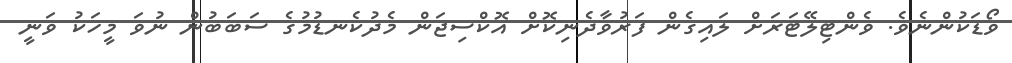
ވޯޑަކުންނެވެ. ވެންޓިލޭޓަރަށް ލައިގެން ފަރުވާދެނިކޮށް އޮކްސިޖަން މެދުކެނޑުމުގެ ސަބަބުން ނުވަ މީހަކު ވަނީ